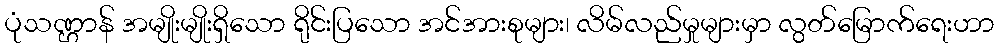
ပုံသဏ္ဌာန် အမျိုးမျိုးရှိသော ရိုင်းပြသော အင်အားစုများ၊ လိမ်လည်မှုများမှာ လွတ်မြောက်ရေးဟာ